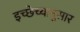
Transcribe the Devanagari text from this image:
इच्छेच्यानुसार